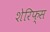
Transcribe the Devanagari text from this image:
शेरिफ्स